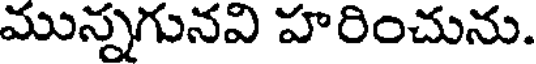
మున్నగునవి హరించును.